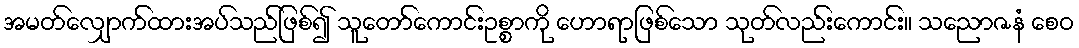
အမတ်လျှောက်ထားအပ်သည်ဖြစ်၍ သူတော်ကောင်းဥစ္စာကို ဟောရာဖြစ်သော သုတ်လည်းကောင်း။ သညောဇနံ စေဝ